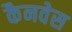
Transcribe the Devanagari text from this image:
कैनवेस